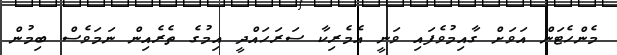
މެންހެޓަން އަވަށް ގާއިމުވެފައި ވަނީ އެމެރިކާ ސަރަހައްދީ އިމުގެ ތެރެއިން ނަމަވެސް ބިމުން